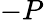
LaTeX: -P